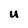
Character: U